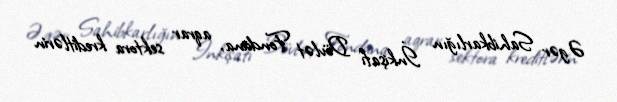
Əgər Sahibkarlığın İnkişafı Dövlət Fonduna, aqrar sektora kreditlərin